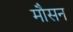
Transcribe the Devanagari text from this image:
मौसन